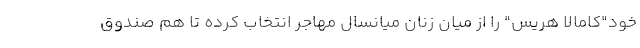
خود"کامالا هریس" را از میان زنان میانسال مهاجر انتخاب کرده تا هم صندوق